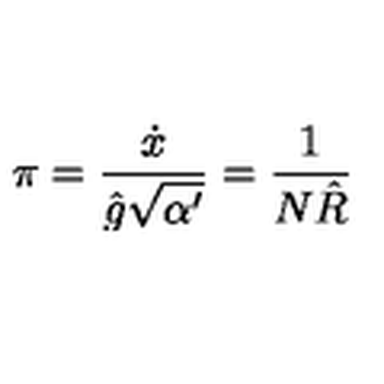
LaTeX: \pi = \frac { \dot { x } } { \hat { g } \sqrt { \alpha ^ { \prime } } } = \frac { 1 } { N \hat { R } }